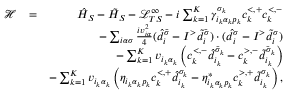
\begin{array} { r l r } { \mathcal { H } } & { = } & { \hat { H } _ { S } - \tilde { H } _ { S } - \mathcal { L } _ { T S } ^ { \infty } - i \sum _ { k = 1 } ^ { K } \gamma _ { i _ { k } \alpha _ { k } p _ { k } } ^ { \sigma _ { k } } c _ { k } ^ { < , + } c _ { k } ^ { < , - } } \\ & { } & { - \sum _ { i \alpha \sigma } \frac { i v _ { i \alpha } ^ { 2 } } { 4 } ( \hat { d } _ { i } ^ { \bar { \sigma } } - I ^ { > } \tilde { d } _ { i } ^ { \bar { \sigma } } ) \cdot ( \hat { d } _ { i } ^ { \sigma } - I ^ { > } \tilde { d } _ { i } ^ { \sigma } ) } \\ & { } & { - \sum _ { k = 1 } ^ { K } v _ { i _ { k } \alpha _ { k } } \left( c _ { k } ^ { < , - } \hat { d } _ { i _ { k } } ^ { \bar { \sigma } _ { k } } - c _ { k } ^ { > , - } \tilde { d } _ { i _ { k } } ^ { \bar { \sigma } _ { k } } \right) } \\ & { } & { - \sum _ { k = 1 } ^ { K } v _ { i _ { k } \alpha _ { k } } \left( \eta _ { i _ { k } \alpha _ { k } p _ { k } } c _ { k } ^ { < , + } \hat { d } _ { i _ { k } } ^ { \sigma _ { k } } - \eta _ { i _ { k } \alpha _ { k } p _ { k } } ^ { * } c _ { k } ^ { > , + } \tilde { d } _ { i _ { k } } ^ { \sigma _ { k } } \right) , } \end{array}